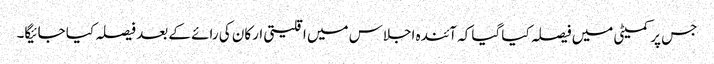
جس پر کمیٹی میں فیصلہ کیا گیا کہ آئندہ اجلاس میں اقلیتی ارکان کی رائے کے بعد فیصلہ کیا جائیگا۔